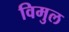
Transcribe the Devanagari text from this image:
विमुल